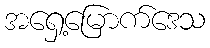
အရှေ့မြောက်ဒေသ